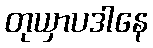
တုယှာပဒါနေ